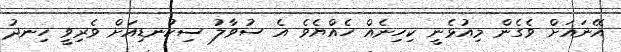
އޭނައަށް ވެގެން މިއުޅެނީ ކިހިނެއް ހެއްޔެވެ އެ ސުވާލު ސިކުނޑިއަށް ވެރިވީ ހިނދު